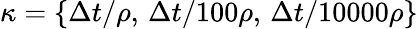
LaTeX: \kappa=\{ \Delta t/\rho,\, \Delta t/100\rho,\, \Delta t/10000\rho\}